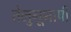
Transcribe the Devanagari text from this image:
तेलुगूभाषी